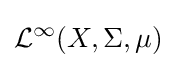
{\mathcal {L}}^{\infty }(X,\Sigma ,\mu )